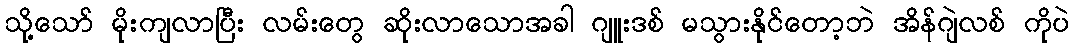
သို့သော် မိုးကျလာပြီး လမ်းတွေ ဆိုးလာသောအခါ ဂျူးဒစ် မသွားနိုင်တော့ဘဲ အိန်ဂျဲလစ် ကိုပဲ